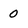
Character: 0